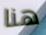
هنا